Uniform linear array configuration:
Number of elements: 8
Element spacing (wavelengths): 0.75
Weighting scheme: binomial
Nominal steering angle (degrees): -60
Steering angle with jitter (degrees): -60.452
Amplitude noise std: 0.05
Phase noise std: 0.05

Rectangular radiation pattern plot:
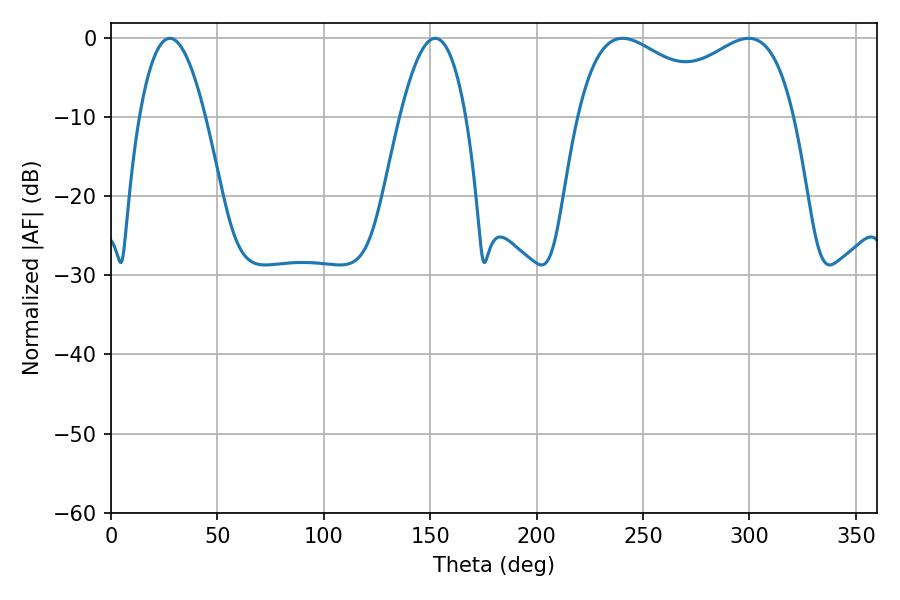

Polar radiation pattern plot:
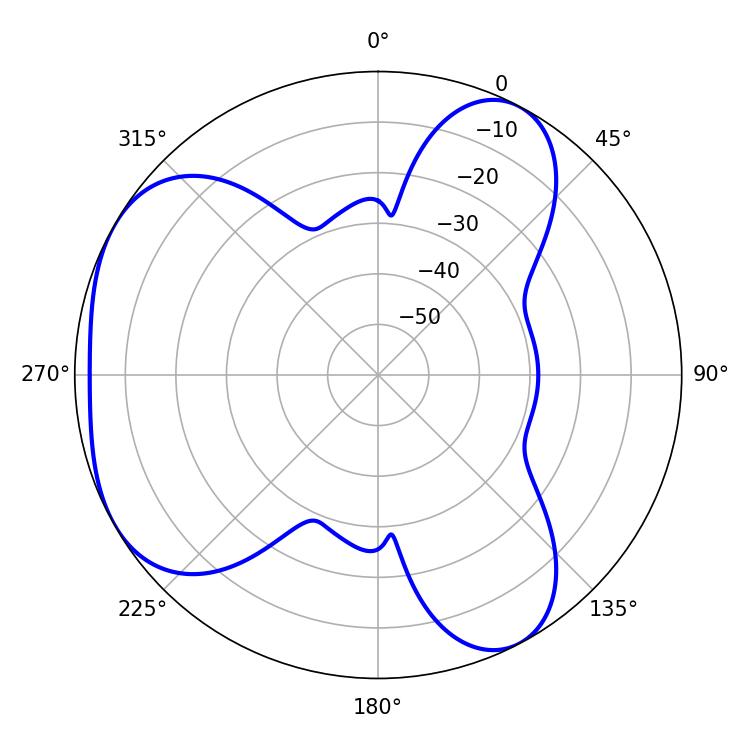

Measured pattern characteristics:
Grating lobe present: TRUE
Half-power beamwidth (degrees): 84.96
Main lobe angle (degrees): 240.48